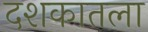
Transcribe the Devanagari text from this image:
दशकातला